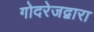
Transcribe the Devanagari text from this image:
गोदरेजद्वारा